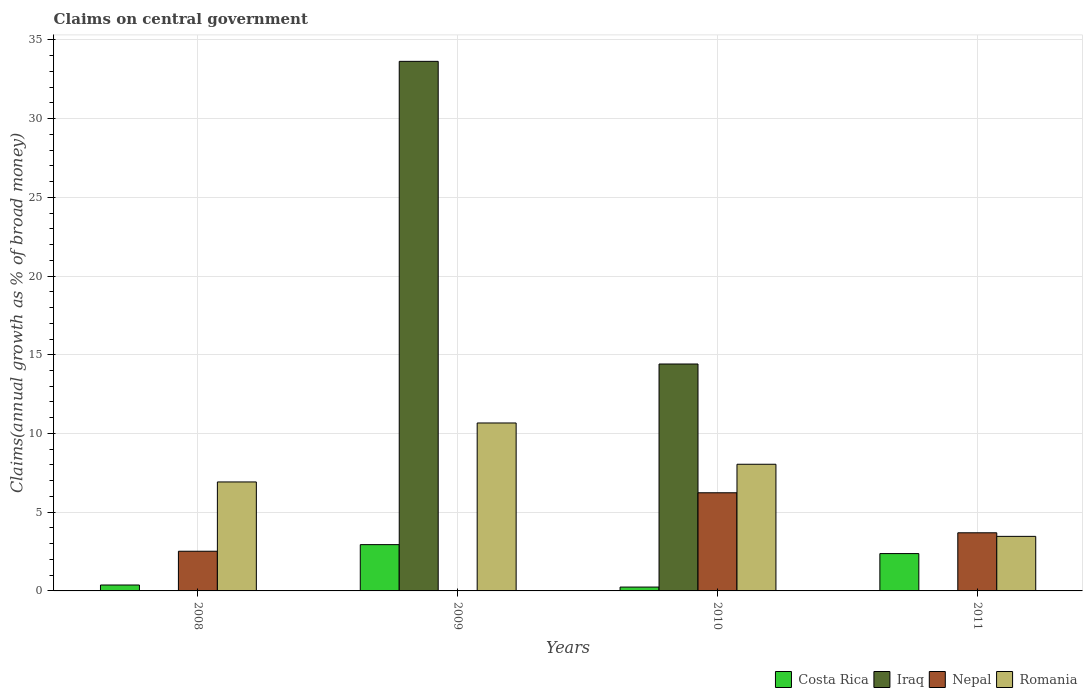
| Years | Costa Rica | Iraq | Nepal | Romania |
 | --- | --- | --- | --- | --- |
 | 2008 | 0.376 | -54 | 2.52 | 6.92 |
 | 2009 | 2.94 | 33.6 | -1.65 | 10.7 |
 | 2010 | 0.245 | 14.4 | 6.23 | 8.05 |
 | 2011 | 2.37 | -4.63 | 3.69 | 3.47 |